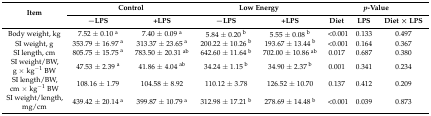
| <ROWSPAN=2> Item | <COLSPAN=2> Control | <COLSPAN=2> Low Energy | <COLSPAN=3> p-Value |
 | −LPS | +LPS | −LPS | +LPS | Diet | LPS | Diet × LPS |
 | --- | --- | --- | --- | --- | --- | --- | --- |
 | Body weight, kg | 7.52 ± 0.10 a | 7.40 ± 0.09 a | 5.84 ± 0.20 b | 5.55 ± 0.08 b | <0.001 | 0.133 | 0.497 |
 | SI weight, g | 353.79 ± 16.97 a | 313.37 ± 23.65 a | 200.22 ± 10.26 b | 193.67 ± 13.44 b | <0.001 | 0.164 | 0.367 |
 | SI length, cm | 805.75 ± 15.75 a | 783.50 ± 20.31 ab | 642.60 ± 11.64 b | 702.00 ± 10.86 ab | 0.017 | 0.687 | 0.380 |
 | SI weight/BW, g × kg−1 BW | 47.53 ± 2.39 a | 41.86 ± 4.04 ab | 34.24 ± 1.15 b | 34.90 ± 2.37 b | 0.001 | 0.341 | 0.234 |
 | SI length/BW, cm × kg−1 BW | 108.16 ± 1.79 | 104.58 ± 8.92 | 110.12 ± 3.78 | 126.52 ± 10.70 | 0.137 | 0.412 | 0.209 |
 | SI weight/length, mg/cm | 439.42 ± 20.14 a | 399.87 ± 10.79 a | 312.98 ± 17.21 b | 278.69 ± 14.48 b | <0.001 | 0.039 | 0.873 |